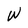
Character: W